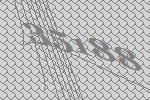
35188